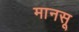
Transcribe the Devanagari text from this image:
मानसू